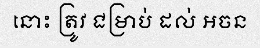
នោះ ត្រូវ ជម្រាប់ ដល់ អចន